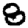
Digit: 8